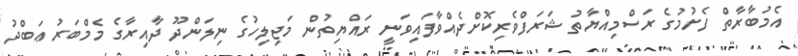
އެމުބާރާތް ފެށުމުގެ ރަސްމިއްޔާތު ޝަރަފްވެރިކޮށްދެއްވާފައިވަނީ ރައްޔިތުން މަޖިލިހުގެ ނިލަންދޫ ދާއިރާގެ މެމްބަރު ޢަބްދު